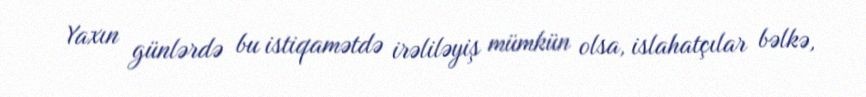
Yaxın günlərdə bu istiqamətdə irəliləyiş mümkün olsa, islahatçılar bəlkə,